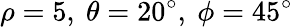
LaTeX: \rho=5,\ \theta=20^{\circ},\ \phi=45^{\circ}